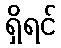
ရှိရင်